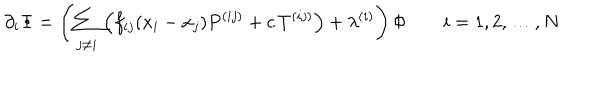
\partial _ { i } \Phi = \left( \sum _ { j \ne i } \left( f _ { i j } ( x _ { i } - x _ { j } ) P ^ { ( i j ) } + c \, T ^ { ( i j ) } \right) + \lambda ^ { ( i ) } \right) \Phi \qquad i = 1 , 2 , \ldots , N